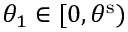
\theta _ { 1 } \in [ 0 , \theta ^ { \mathrm { { s } } } )